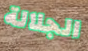
الجلالة